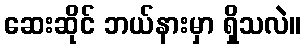
ဆေးဆိုင် ဘယ်နားမှာ ရှိသလဲ။